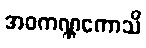
အဝကဏ္ဏကောသိ